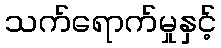
သက်ရောက်မှုနှင့်